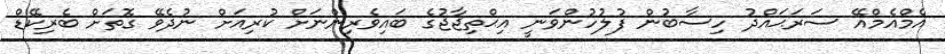
އެމްއެމްއޭ ސަރަޙައްދު ހިސާބުން ފުލުހުންވަނީ އިޙްތިޖާޖުގެ ބައިވެރިންނަށް ކުރިއަށް ނުދެވޭ ގޮތަށް ބެރިކޭޑް